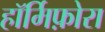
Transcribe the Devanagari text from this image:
हॉर्मिफ़ोरा